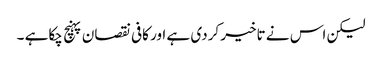
لیکن اس نے تاخیر کردی ہے اور کافی نقصان پہنچ چکاہے ۔